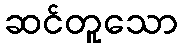
ဆင်တူသော